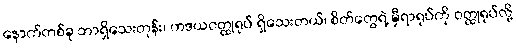
နောက်တစ်ခု ဘာရှိသေးတုန်း၊ ဟဒယဝတ္ထုရုပ် ရှိသေးတယ်၊ စိတ်တွေရဲ့ မှီရာရုပ်ကို ဝတ္ထုရုပ်လို့